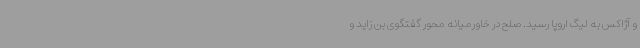
و آژاکس به لیگ اروپا رسید. صلح در خاورمیانه محور گفتگوی بن زاید و